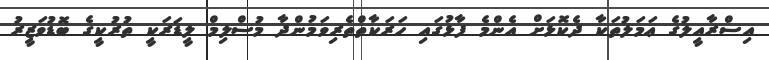
އިސްރާއީލުގެ ޢަމަލުތަކާ ދެކޮޅަށް އެންމެ ފާޅުގައި ހަރަކާތްތެރިވަމުންދާ މުސްލިމް ލީޑަރަކީ ތުރުކީގެ ބޮޑުވަޒީރު